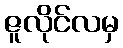
ဇူလိုင်လမှ